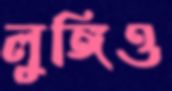
লুঙ্গিও